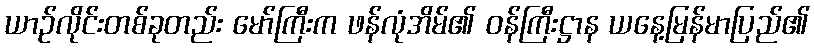
ယာဉ်လိုင်းတစ်ခုတည်း မော်ကြီးက ဖန်လုံအိမ်၏ ဝန်ကြီးဋ္ဌာန ယနေ့မြန်မာပြည်၏